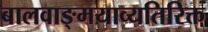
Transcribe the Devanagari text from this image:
बालवाङ्‌मयाव्यतिरिक्त